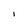
Character: I